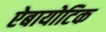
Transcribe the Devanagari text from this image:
ऐबायोटिक